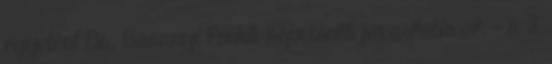
egyetért Dr. Baranyi Enikő képviselő javaslatával, - a 3,